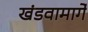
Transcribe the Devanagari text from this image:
खंडवामार्गे